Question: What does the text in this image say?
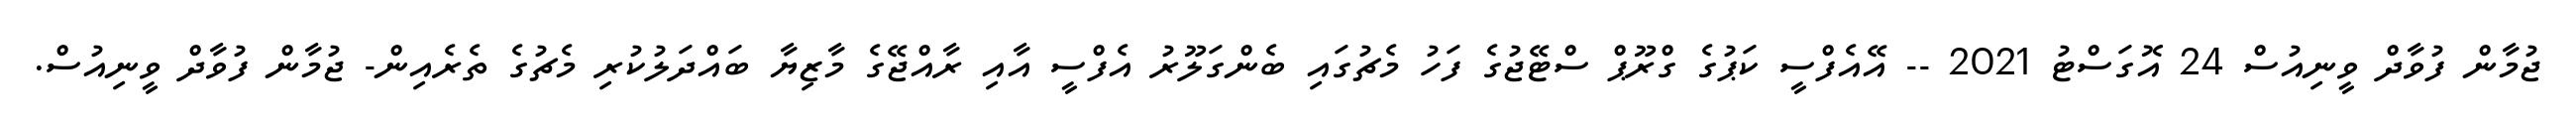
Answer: ޖުމާން ފުވާދް ވީނިއުސް 24 އޮގަސްޓު 2021 -- އޭއެފްސީ ކަޕުގެ ގްރޫޕް ސްޓޭޖުގެ ފަހު މެޗުގައި ބެންގަލޫރު އެފްސީ އާއި ރާއްޖޭގެ މާޒިޔާ ބައްދަލުކުރި މެޗުގެ ތެރެއިން- ޖުމާން ފުވާދް ވީނިއުސް.